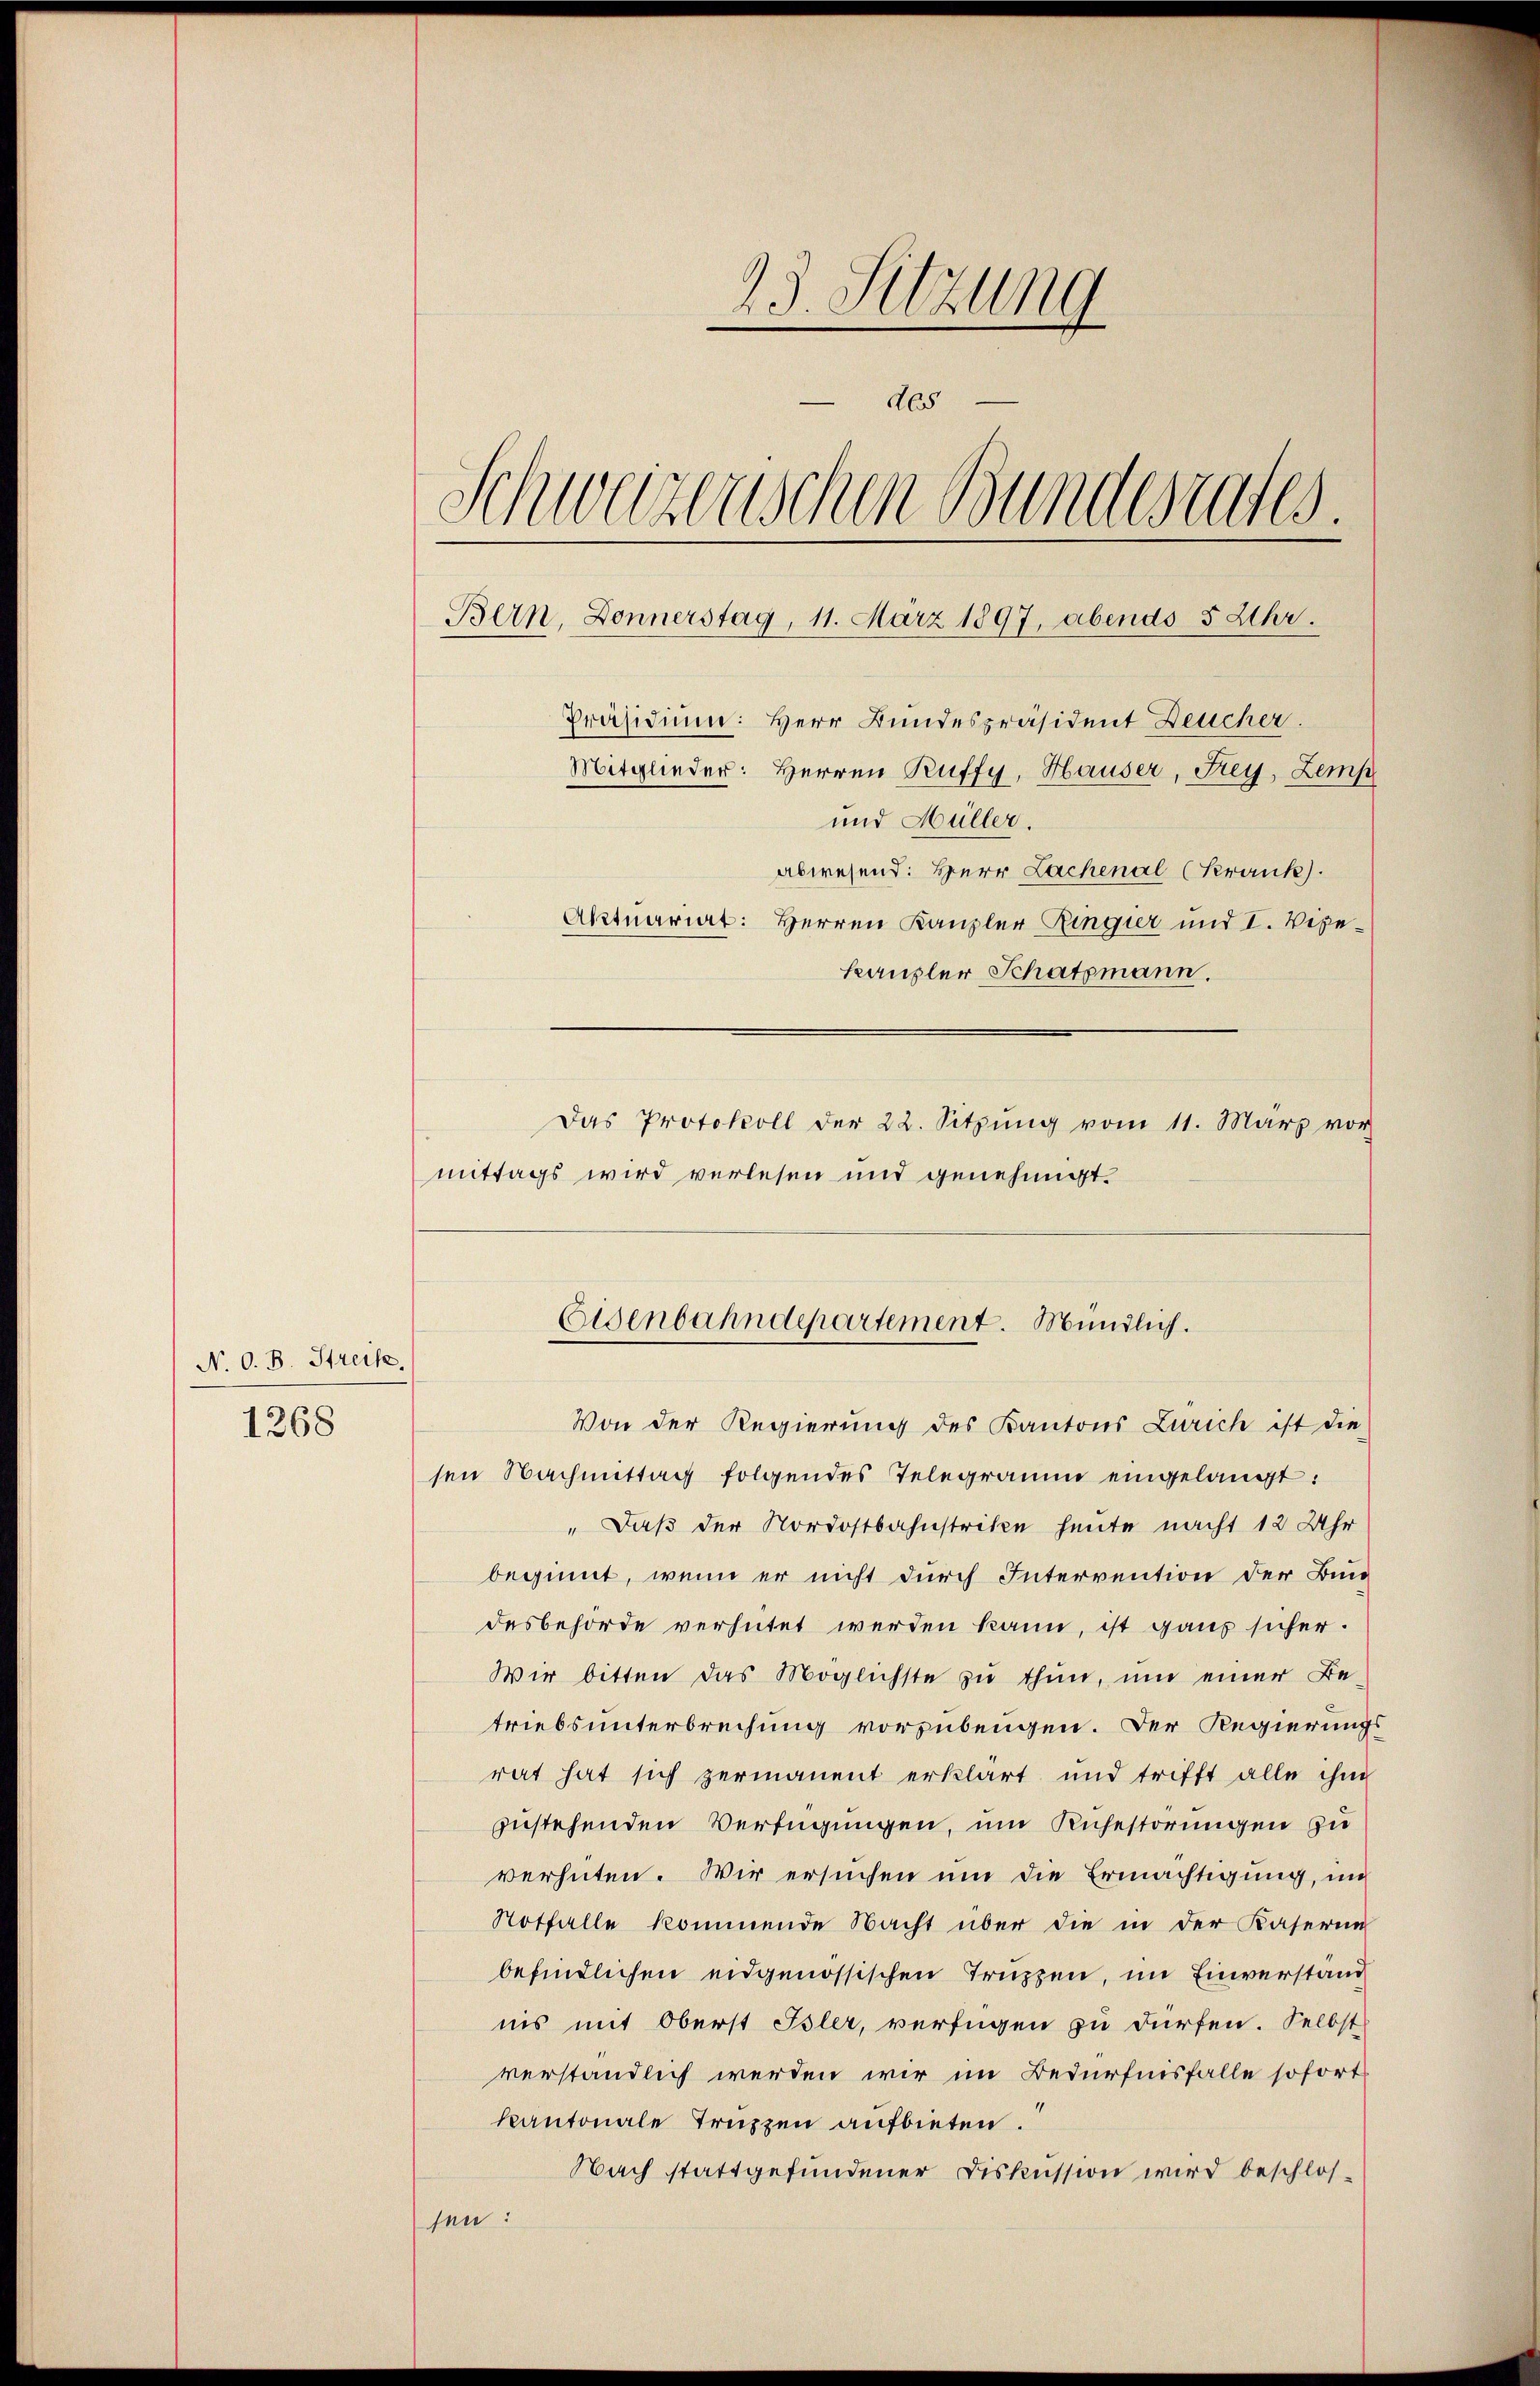
N. O. B. Streik.
1268

23. Sitzung
des
Schwerzenschen Bundesrates.
Bern, Donnerstag, 11. März 1897, abends 5 Uhr.
Präsidium: Herr Bundespräsident Deucher.
Mitglieder: Herren Ruffy, Hauser, Frey, Zemp
und Müller.
abwesend: Herr Lachenal (Krank.
Aktuariat: Herren Kanzler Ringier und I. Vize-
kanzler Schatzmann.
Das Protokoll der 22. Sitzŭng vom 11. März vor

mittags wird verlesen und genehmigt.

Von der Regierung des Kantons Zürich ist die
sen Nachmittag folgendes Telegramm eingelangt:
„Daß der Nordostbahnstritte heute nacht 12 Uhr
beginnt, wenn er nicht durch Intervention der Bundesbehörde verhütet werden kann, ist ganz sicher.
Wir bitten das Möglichste zu thun, um einer Be-
triebsunterbrechung vorzubeugen. Der Regierungs-
rat hat sich zermanent erklärt und trifft alle ihm
zustehenden Verfügungen, um Ruhestörungen zu
verhüten. Wir ersuchen um die Ermächtigung, in
Notfalle kommende Nacht über die in der Kaserin
befindlichen eidgenössischen Truzzen, im Einverstand
nis mit Oberst Isler, verfügen zu dürfen. Selbst
verständlich werden wir im Bedürfnisfalle sofortkantonale Truppen aufbieten.
Nach stattgefundener Diskussion wird beschlossen:

Eisenbahndepartement. Mündlich.